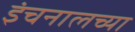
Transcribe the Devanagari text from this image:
इंचनालच्या